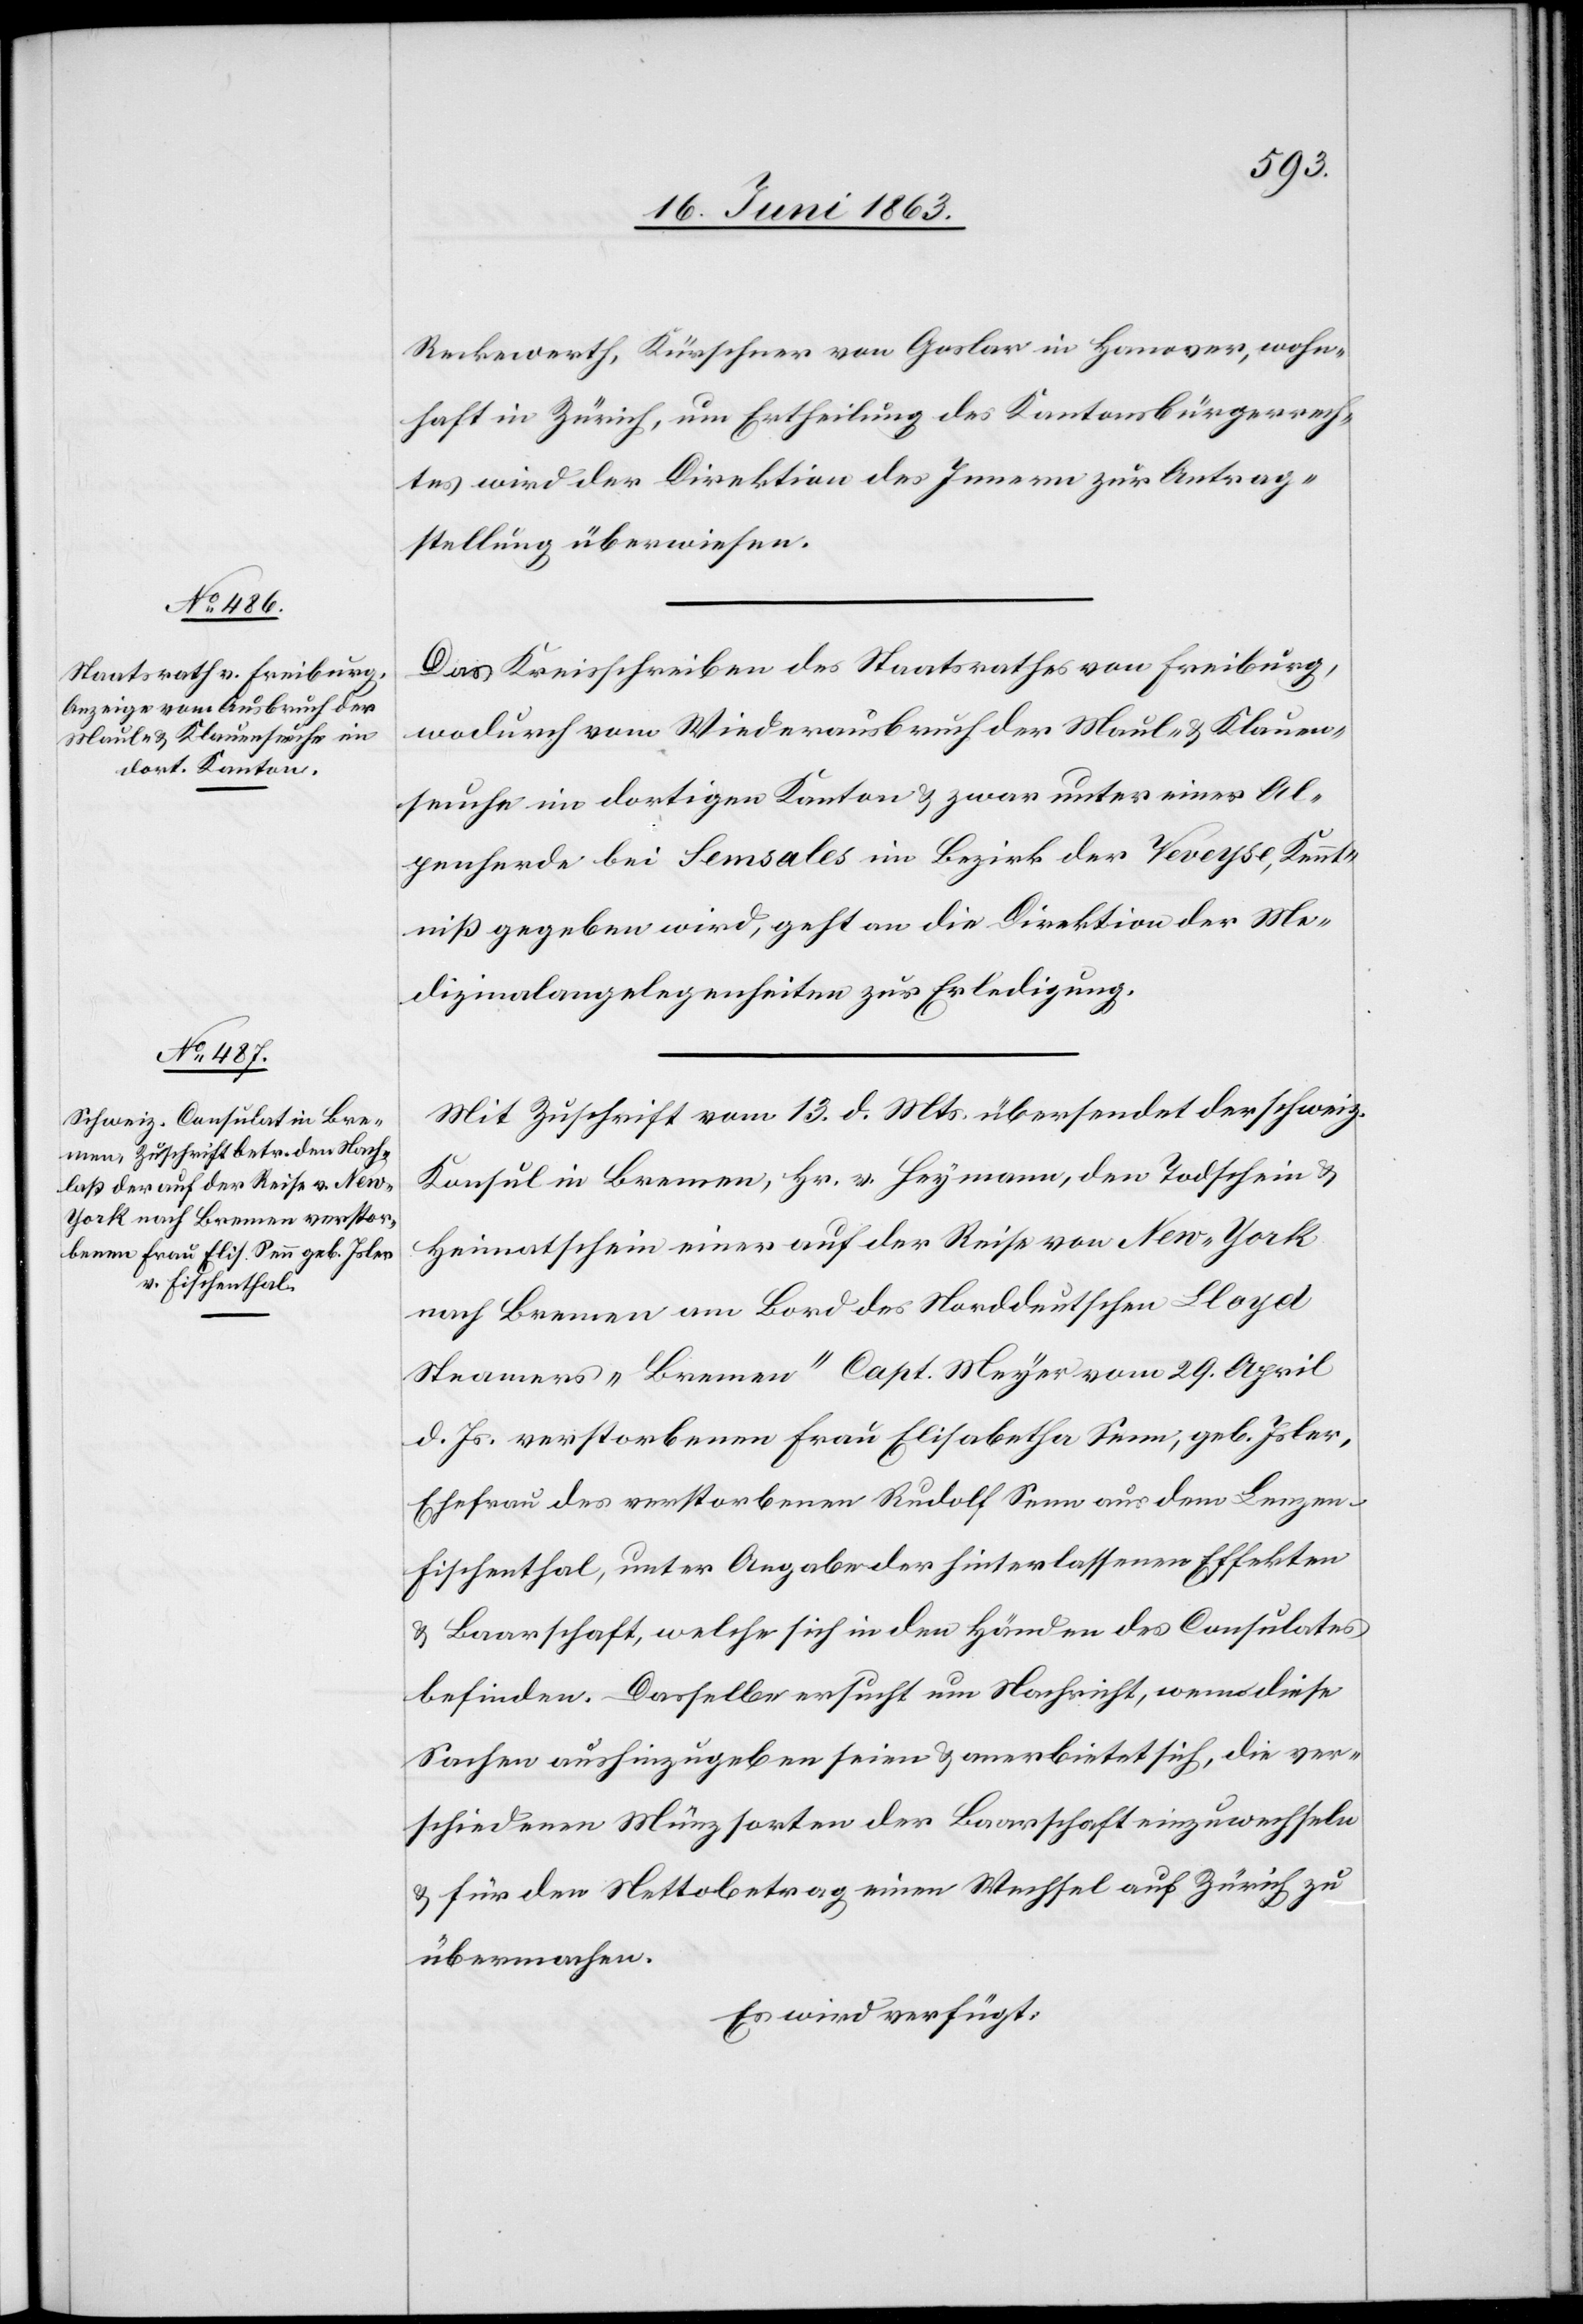
17. Juni 1863.]
Reckewerth, Kürschner von Goslar in Hanover, wohn¬
haft in Zürich, um Ertheilung des Kantonsbürgerrech¬
tes wird der Direktion des Innern zur Antrag¬
stellung überwiesen.
Das Kreisschreiben des Staatsrathes von Freiburg,
wodurch vom Wiederausbruch der Maul- & Klauen¬
seuche im dortigen Kanton & zwar unter einer Al¬
penherde bei Semsales im Bezirk der Veveyse, Kennt¬
niß gegeben wird, geht an die Direktion der Me¬
dizinalangelegenheiten zur Erledigung.
Mit Zuschrift vom 13. d. Mts. übersendet der schweiz.
Konsul in Bremen, Hr. v. Heymann, den Todschein &
Heimatschein einer auf der Reise von New-York
nach Bremen am Bord des Norddeutschen Lloyd
Steamers „Bremen“ Capt. Meyer vom 29. April
d. Js. verstorbenen Frau Elisabetha Senn, geb. Isler,
Ehefrau des verstorbenen Rudolf Senn aus dem Lenzen
Fischenthal, unter Angabe der hinterlassenen Effekten
& Baarschaft, welche sich in den Händen des Consulates
befinden. Dasselbe ersucht um Nachricht, wenn diese
Sachen aushinzugeben seien & anerbietet sich, die ver¬
schiedenen Münzsorten der Baarschaft einzuwechseln
& für den Nettobetrag einen Wechsel auf Zürich zu
übermachen.
Es wird verfügt: